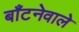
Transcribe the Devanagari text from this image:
बाँटनेवाले